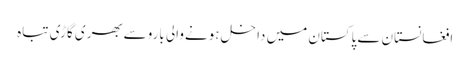
افغانستان سےپاکستان میں داخل ہونےوالی باروسےبھری گاڑی تباہ